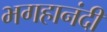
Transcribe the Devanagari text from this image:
भगहानंदी